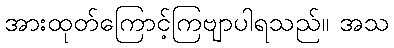
အားထုတ်ကြောင့်ကြဗျာပါရသည်။ အသ